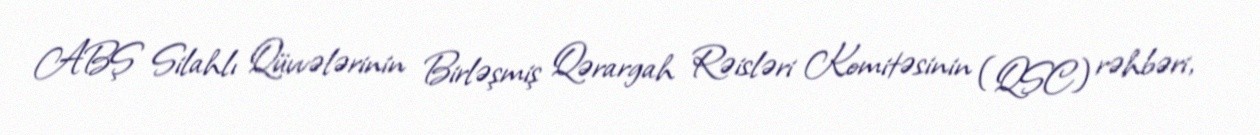
ABŞ Silahlı Qüvvələrinin Birləşmiş Qərargah Rəisləri Komitəsinin (QSC) rəhbəri,